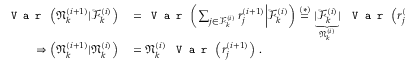
\begin{array} { r l } { \texttt { V a r } \left( \mathfrak { N } _ { k } ^ { ( i + 1 ) } | \mathcal { F } _ { k } ^ { ( i ) } \right) } & { { } = \texttt { V a r } \left( \sum _ { j \in \mathcal { F } _ { k } ^ { ( i ) } } r _ { j } ^ { ( i + 1 ) } \bigg | \mathcal { F } _ { k } ^ { ( i ) } \right) \stackrel { ( * ) } { = } \underbrace { | \mathcal { F } _ { k } ^ { ( i ) } | } _ { \mathfrak { N } _ { k } ^ { ( i ) } } ~ \texttt { V a r } \left( r _ { j } ^ { ( i + 1 ) } \right) \, , } \\ { \Rightarrow \left( \mathfrak { N } _ { k } ^ { ( i + 1 ) } | \mathfrak { N } _ { k } ^ { ( i ) } \right) } & { { } = \mathfrak { N } _ { k } ^ { ( i ) } ~ \texttt { V a r } \left( r _ { j } ^ { ( i + 1 ) } \right) \, . } \end{array}